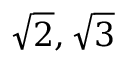
{ \sqrt { 2 } } , { \sqrt { 3 } }